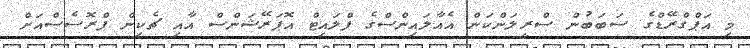
މި އަޕްގްރޭޑްގެ ސަބަބުން ސްރީލަންކަން އެއާލައިންސްގެ ފްލައިޓް އޮޕަރޭޝަންސް އާއި ޗެކިން ޕްރޮސެސްއަށް